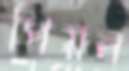
পিয়ন